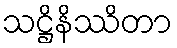
သဋ္ဌိနိဿိတာ